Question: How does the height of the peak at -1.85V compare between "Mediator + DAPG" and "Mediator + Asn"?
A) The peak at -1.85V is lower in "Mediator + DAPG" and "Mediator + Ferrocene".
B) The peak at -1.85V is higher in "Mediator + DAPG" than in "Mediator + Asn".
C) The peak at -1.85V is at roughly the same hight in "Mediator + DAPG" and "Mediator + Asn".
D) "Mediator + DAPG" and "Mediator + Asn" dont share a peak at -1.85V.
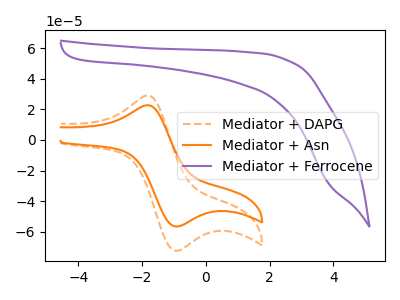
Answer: <think>The orange dashed curve "Mediator + DAPG" has an anodic peak at (-1.85V, 29.05uA) and a cathodic peak at (-0.95V, -72.30uA). The orange curve "Mediator + Asn" has an anodic peak at (-1.85V, 22.70uA) and a cathodic peak at (-0.95V, -56.50uA). The purple curve "Mediator + Ferrocene" has no peaks.</think>
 <answer>B) The peak at -1.85V is higher in "Mediator + DAPG" than in "Mediator + Asn".</answer>
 <eval>B</eval>